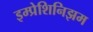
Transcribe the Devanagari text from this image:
इम्प्रेशिनिझम